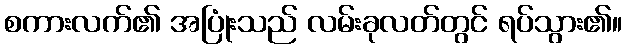
စကားလက်၏ အပြုံးသည် လမ်းခုလတ်တွင် ရပ်သွား၏။